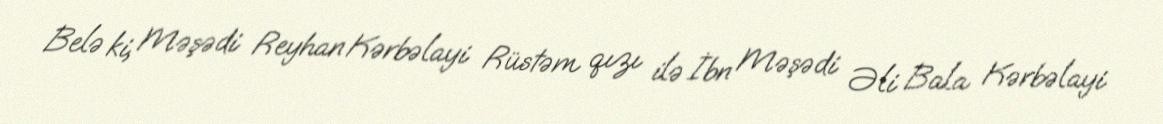
Belə ki, Məşədi Reyhan Kərbəlayi Rüstəm qızı ilə İbn Məşədi Əli Bala Kərbəlayi